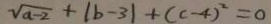
\sqrt { a - 2 } + ( c - 4 ) ^ { 2 } = 0